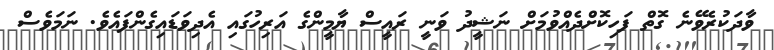
ވާދަކުރެވޭނެ ގޮތް ފަހިކޮށްދެއްވުމަށް ނަޝީދު ވަނީ ރައީސް ޔާމީންގެ އަރިހުގައި އެދިވަޑައިގެންފައެވެ. ނަމަވެސް